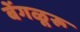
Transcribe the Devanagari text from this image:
बेंगळूरू